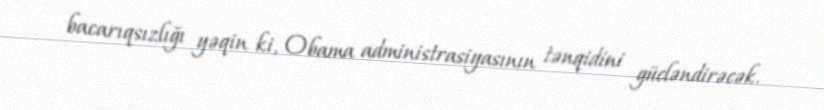
bacarıqsızlığı yəqin ki, Obama administrasiyasının tənqidini gücləndirəcək.